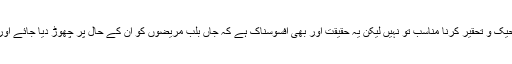
ینگ ڈاکٹروں کو گرفتار کرنا اور ان کی اس طرح سر عام تضحیک و تحقیر کرنا مناسب تو نہیں لیکن یہ حقیقت اور بھی افسوسناک ہے کہ جاں بلب مریضوں کو ان کے حال پر چھوڑ دیا جائے اور ان کو سسک سسک کر موت قبول کرنے پر مجبور کیا جائے۔